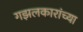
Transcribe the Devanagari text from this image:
गझलकारांच्या